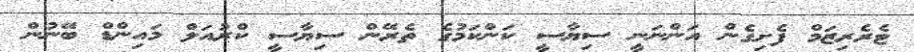
ޓެރެރިޒަމް ފެށިގެން އަންނަނީ ސިޔާސީ ކަންކަމުގެ ތެރޭން ސިޔާސީ ކްރުއަލް މައިންޑް ބޭނުން